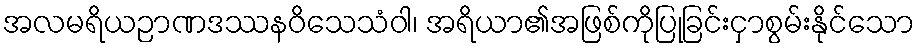
အလမရိယဉာဏဒဿနဝိသေသံဝါ၊ အရိယာ၏အဖြစ်ကိုပြုခြင်းငှာစွမ်းနိုင်သော